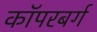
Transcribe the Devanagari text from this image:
कॉपरबर्ग